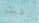
رفعه